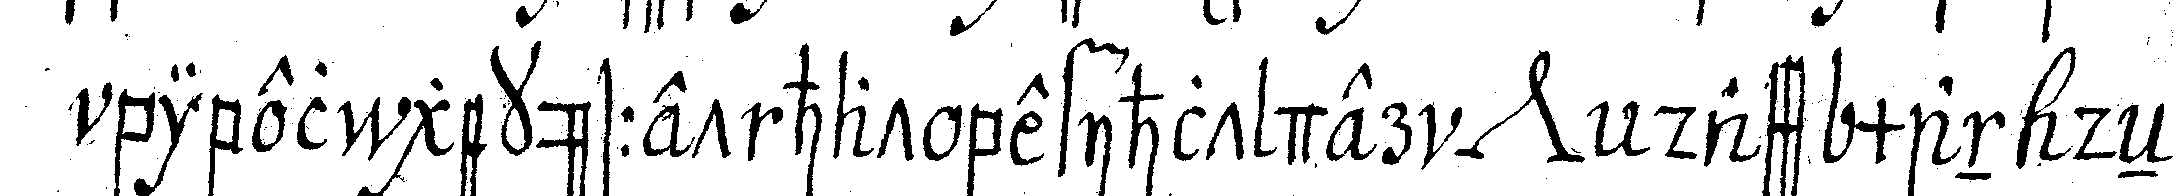
bibel geküsset hat befihlt der *nee* dass man deN